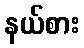
နယ်စား